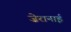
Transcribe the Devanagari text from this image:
ज़ेरानाई